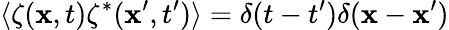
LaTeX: \langle\zeta({\mathbf x},t)\zeta^{*}({\mathbf x^{\prime}},t^{\prime})\rangle=\delta(t-t^{\prime})\delta({\mathbf x}-{\mathbf x^{\prime}})